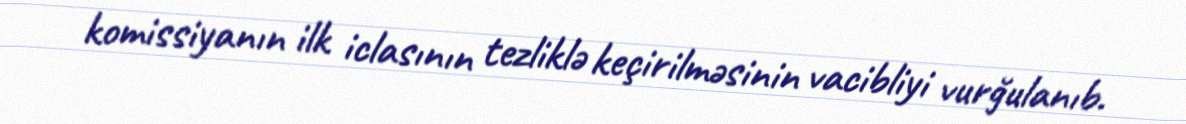
komissiyanın ilk iclasının tezliklə keçirilməsinin vacibliyi vurğulanıb.